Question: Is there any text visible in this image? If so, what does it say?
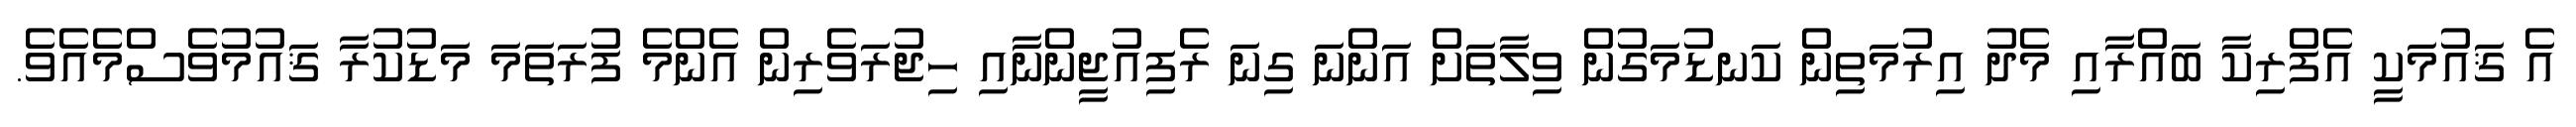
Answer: އެ ޤައުމަކީ އެފްރިކާ ބައްރާއި މެދު އިރުމަތިން ކަނޑުމަގުން ވިލާތަށް އަންނަ ގިނަ ރެފިއުޖީންނާއި ހިޖުރަވެރިން އެންމެ ފުރަތަމަ މަޑުކުރާ ޤައުމުވެސްމެއެވެ.